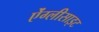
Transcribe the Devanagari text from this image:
ऐंग्लीसाइट